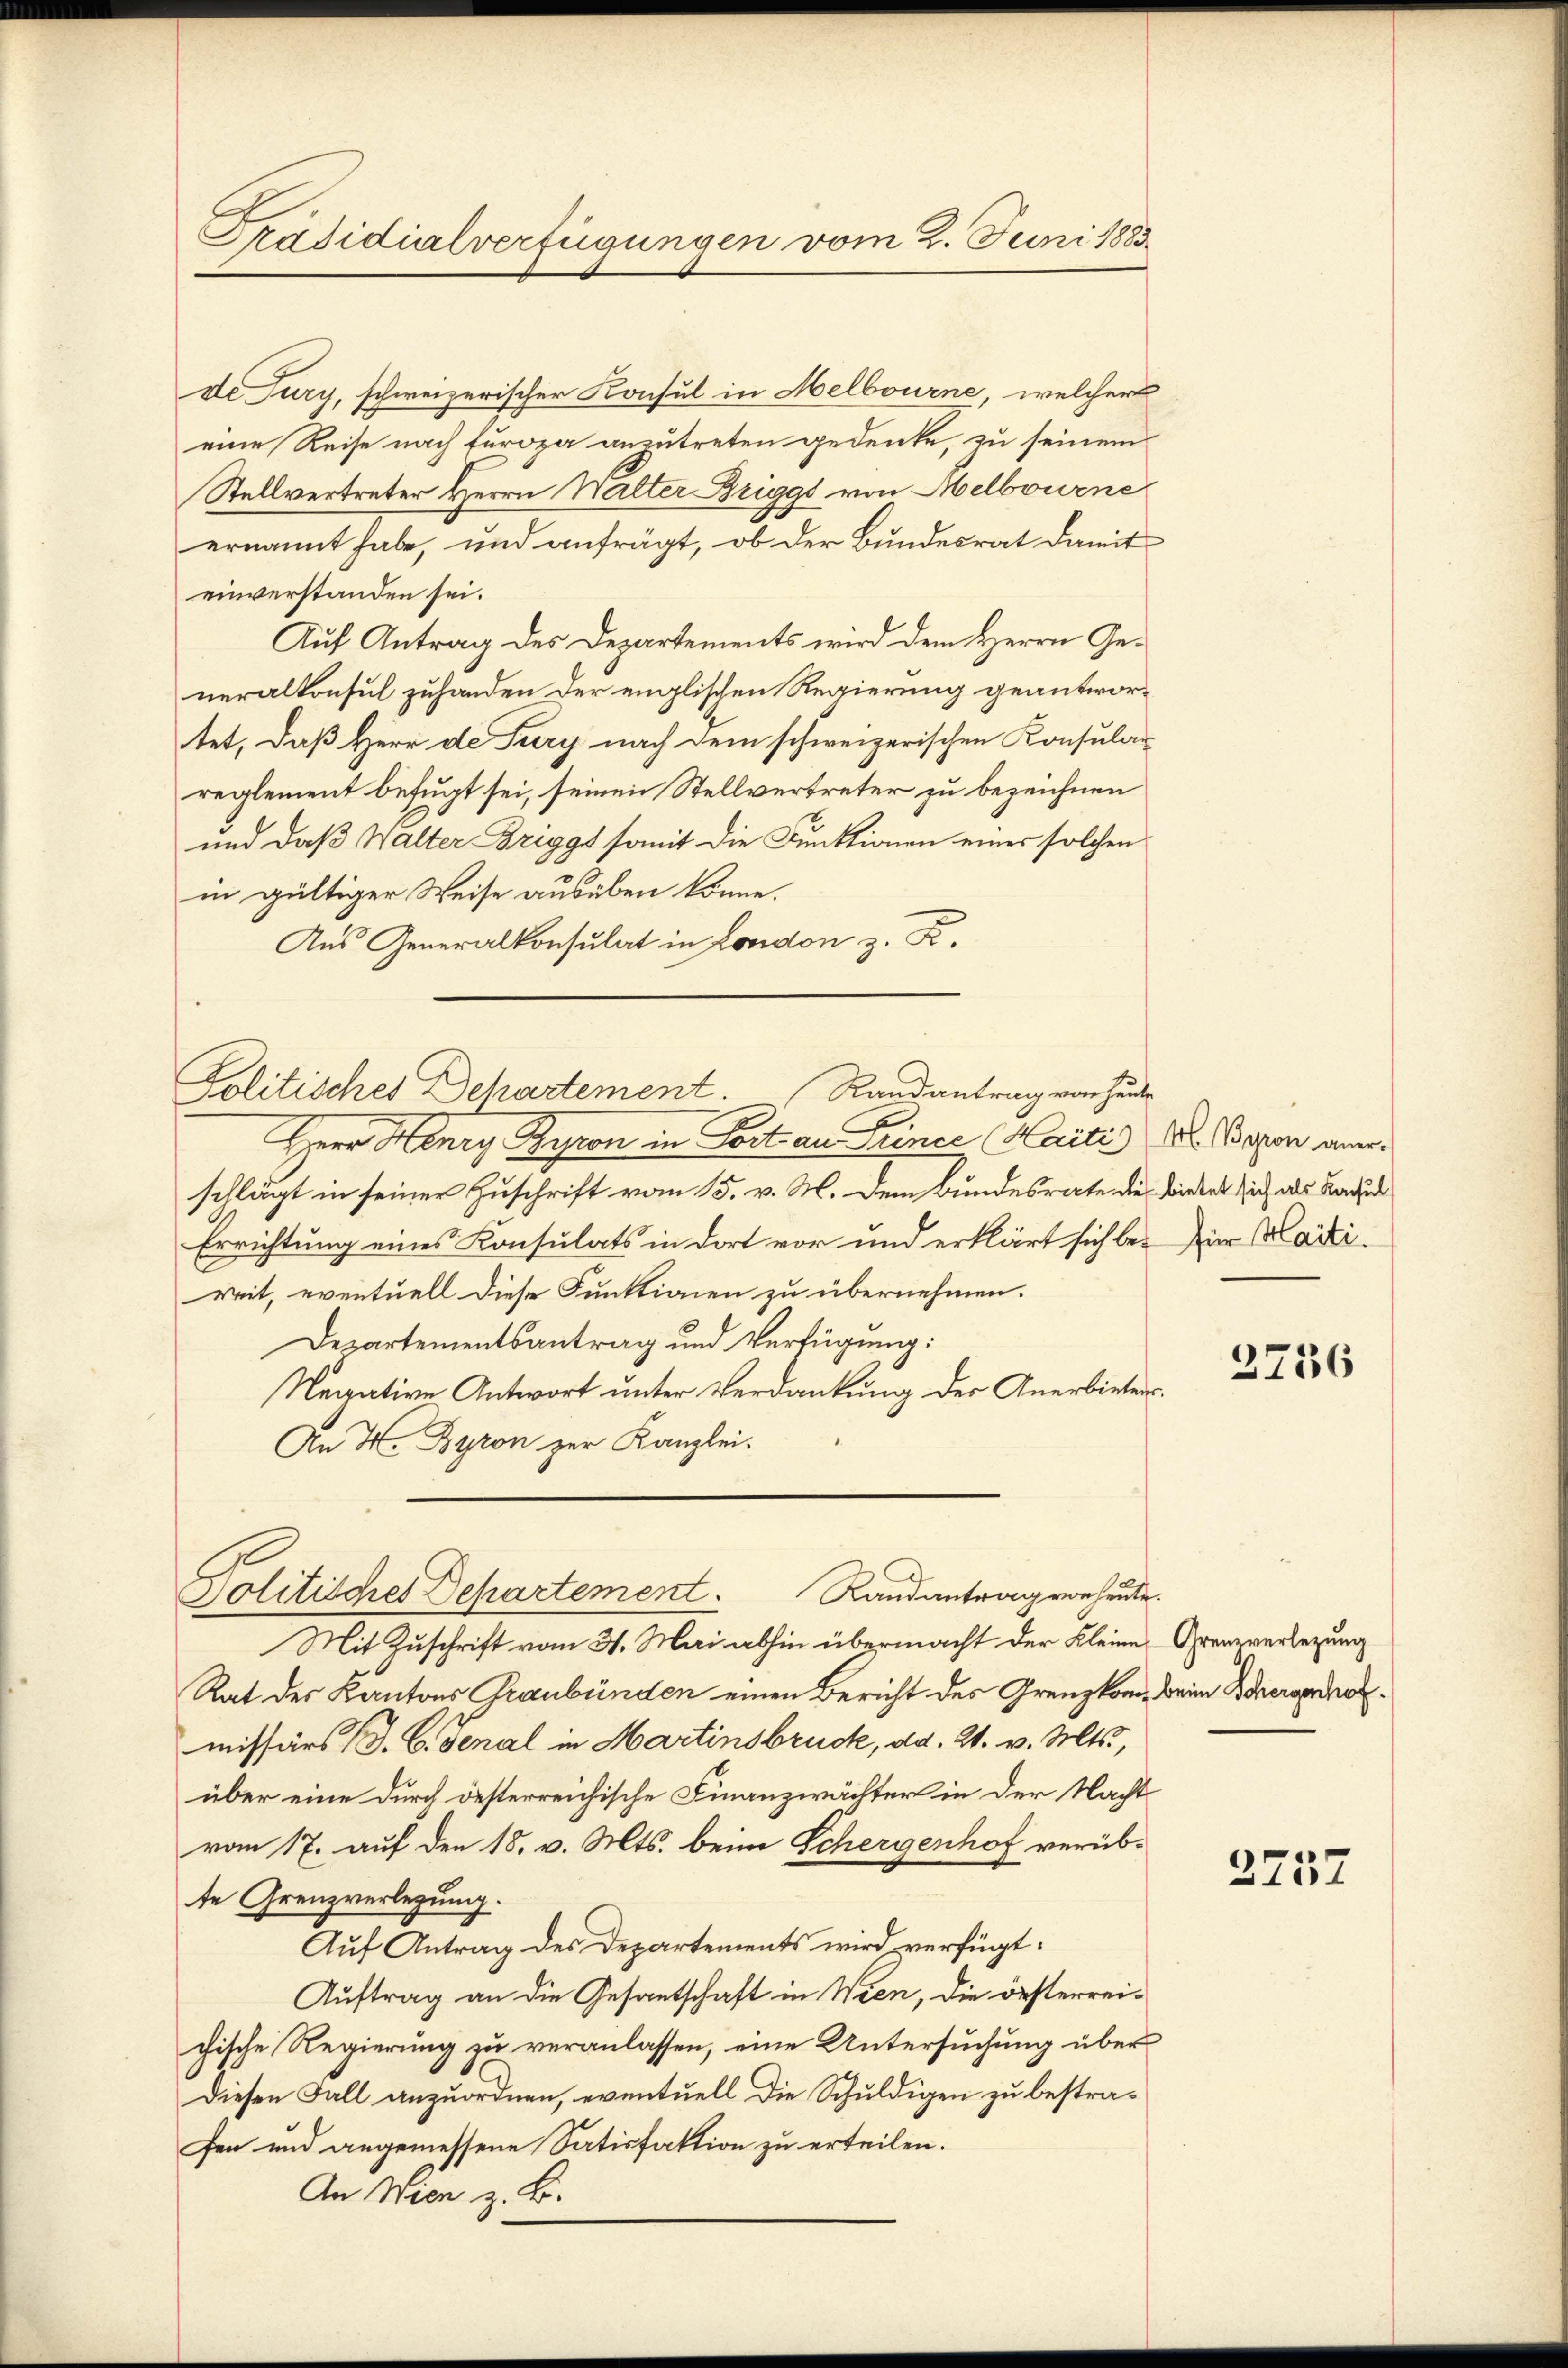
Präsidialverfügungen vom 2. Juni 1883.

de Jury, schweizerischer Konsul in Melbourne, welcher
eine Reise nach Europa anzutreten gedenke, zu seinem
Stellvertreter Herrn Walter Briggs von Melbourne
ernannt habe, und anfrägt, ob der Bundesrat damit
einverstanden sei.
Auf Antrag des Departements wird dem Herrn Generalkonsul zuhanden der englischen Regierung geantwortet, daß Herr de Tury nach dem schweizerischen Konsular
reglement befugt sei, seinen Stellvertreter zu bezeichnen
und daß Walter Briggs somit die Funktionen eines solchen
in gültiger Weise ausüben könne.
Aus Generalkonsulat in London z. Z.
Herr Henry Gyron in Fort an Seiner Maiti Al. Bogon anweschlägt in seiner Zuschrift vom 15. v. M. dem Bundesrate die bietet sich als Facu
Errichtung eines Konsulats in dort vor und erklärt sich be- Zur Marti-
reit, eventuell diese Funktionen zu übernehmen.
Departementsantrag und Verfügung:
Negative Antwort unter Verdankung der Anerbieters¬
An H. Byron zur Kanzlei.
Politisches Departement. Randantrag von heute.
Mit Zuschrift vom 31. Mai abhin übermacht der Kleine Grenzverlegung
Rat des Kantons Graubünden einen Bericht des Grenzkom, beim Bergeno
missärs J. C. Senal in Martinsbruck, ad. 2. v. Mts.,
über eine durch desterreichische Finanzwächter in der Nacht
vom 17. auf den 18. v. Mts. beim Schergenhof verübte Grenzverlegung.
Auf Antrag des Departements wird verfügt:
Auftrag an die Gesantschaft in Wien, die oesterrei-
chische Regierung zu veranlassen, eine Untersuchung über
Diesen Fall anzuordnen, eventuell die Schuldigen zu bestrafen und angemessene Satisfaktion zu erteilen.
An Wien z. B.

Politisches Dehartement. Randantrag von heute

2756

2737